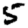
Digit: 5